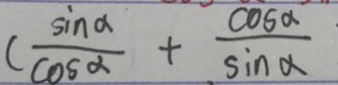
( \frac { \sin \alpha } { \cos \alpha } + \frac { \cos \alpha } { \sin \alpha }